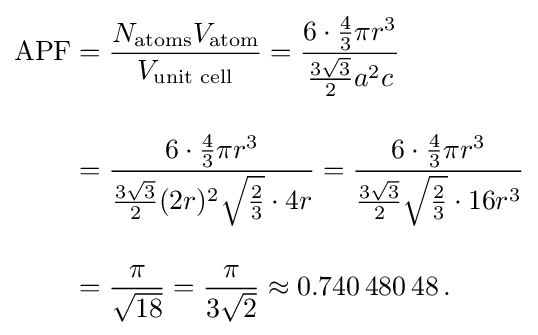
{\begin{aligned}\mathrm {APF} &={\frac {N_{\mathrm {atoms} }V_{\mathrm {atom} }}{V_{\text{unit cell}}}}={\frac {6\cdot {\frac {4}{3}}\pi r^{3}}{{\frac {3{\sqrt {3}}}{2}}a^{2}c}}\\[10pt]&={\frac {6\cdot {\frac {4}{3}}\pi r^{3}}{{\frac {3{\sqrt {3}}}{2}}(2r)^{2}{\sqrt {\frac {2}{3}}}\cdot 4r}}={\frac {6\cdot {\frac {4}{3}}\pi r^{3}}{{\frac {3{\sqrt {3}}}{2}}{\sqrt {\frac {2}{3}}}\cdot 16r^{3}}}\\[10pt]&={\frac {\pi }{\sqrt {18}}}={\frac {\pi }{3{\sqrt {2}}}}\approx 0.740\,480\,48\,.\end{aligned}}